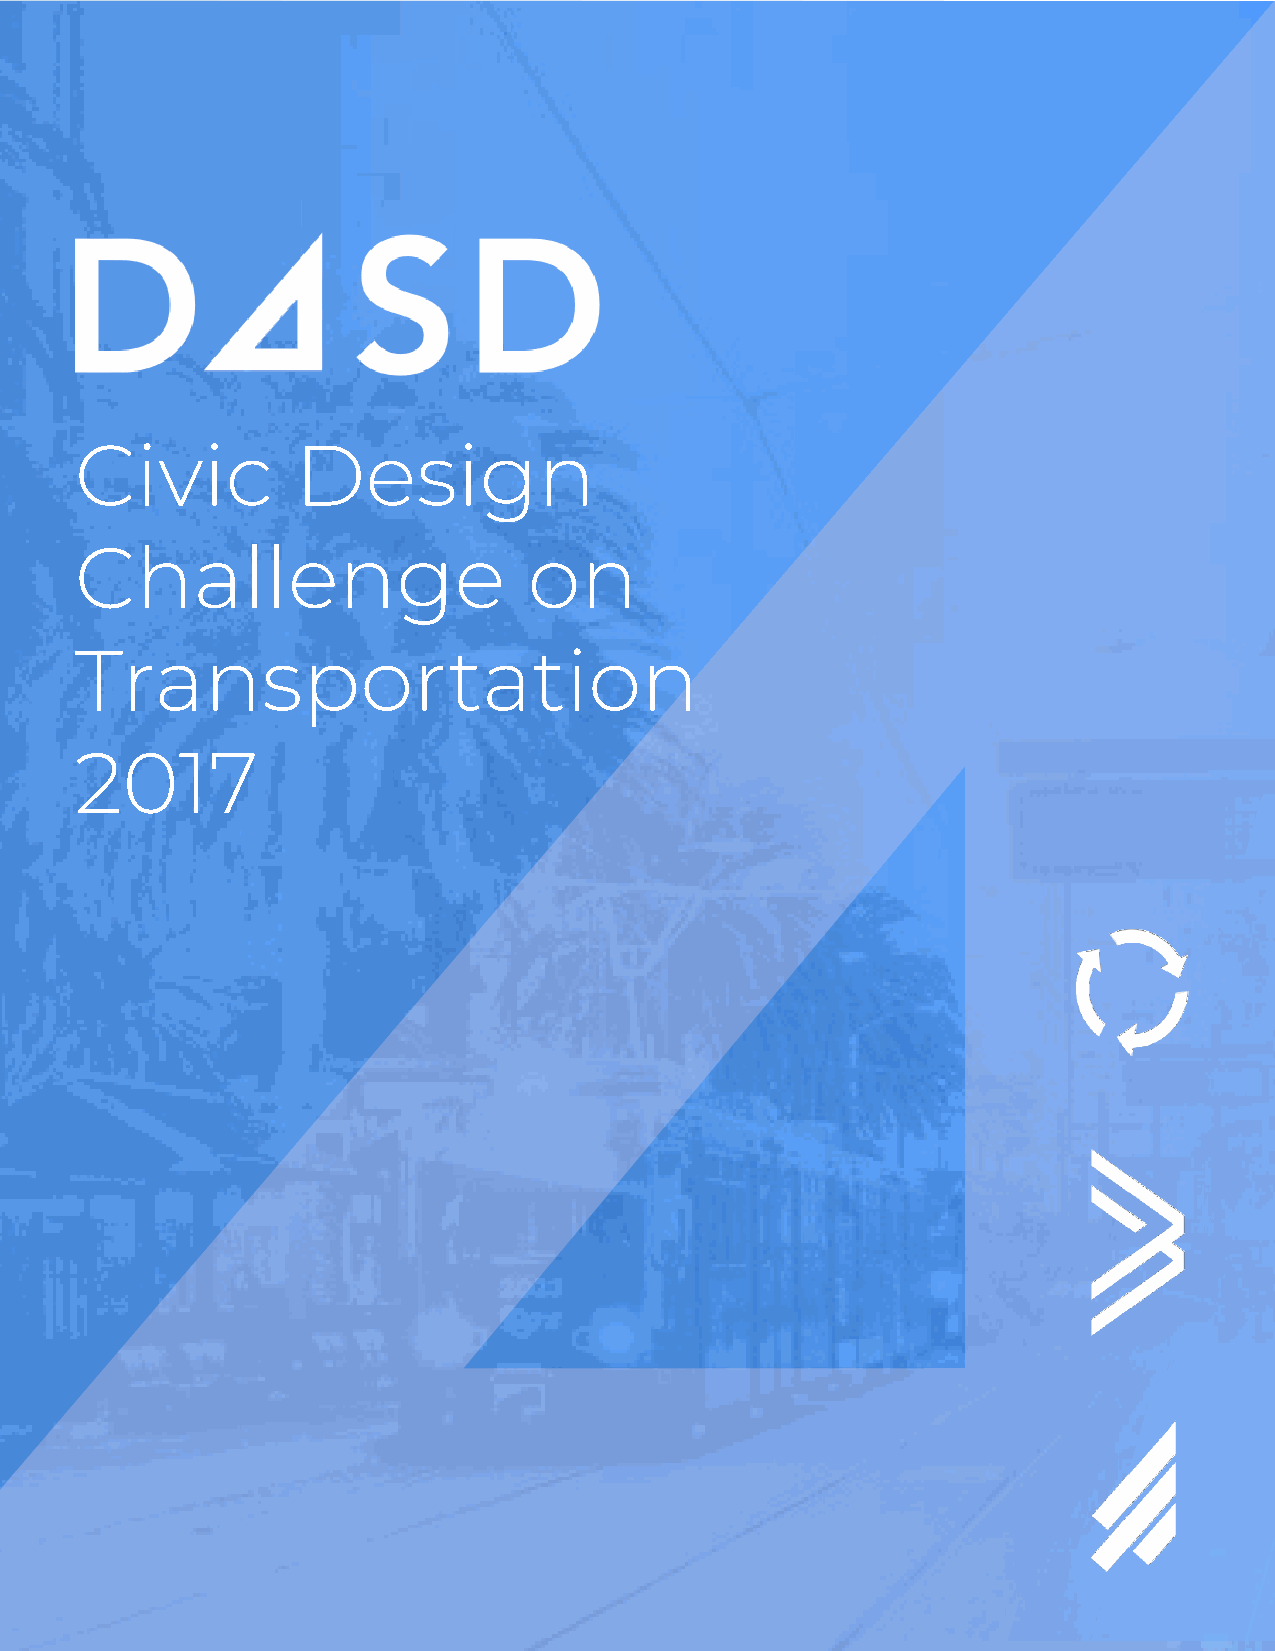
Civic          Design
 Challenge                     on
 Transportation
 2017
 3